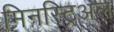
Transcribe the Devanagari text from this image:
मिनस्ट्रिअल